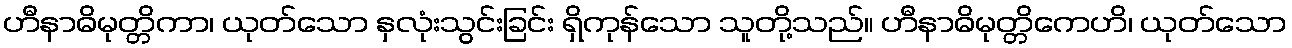
ဟီနာဓိမုတ္တိကာ၊ ယုတ်သော နှလုံးသွင်းခြင်း ရှိကုန်သော သူတို့သည်။ ဟီနာဓိမုတ္တိကေဟိ၊ ယုတ်သော